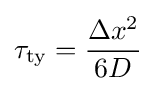
\tau _{\rm {ty}}={\frac {\Delta x^{2}}{6D}}